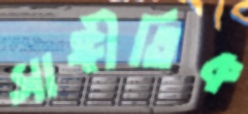
সাঙ্গীতিক